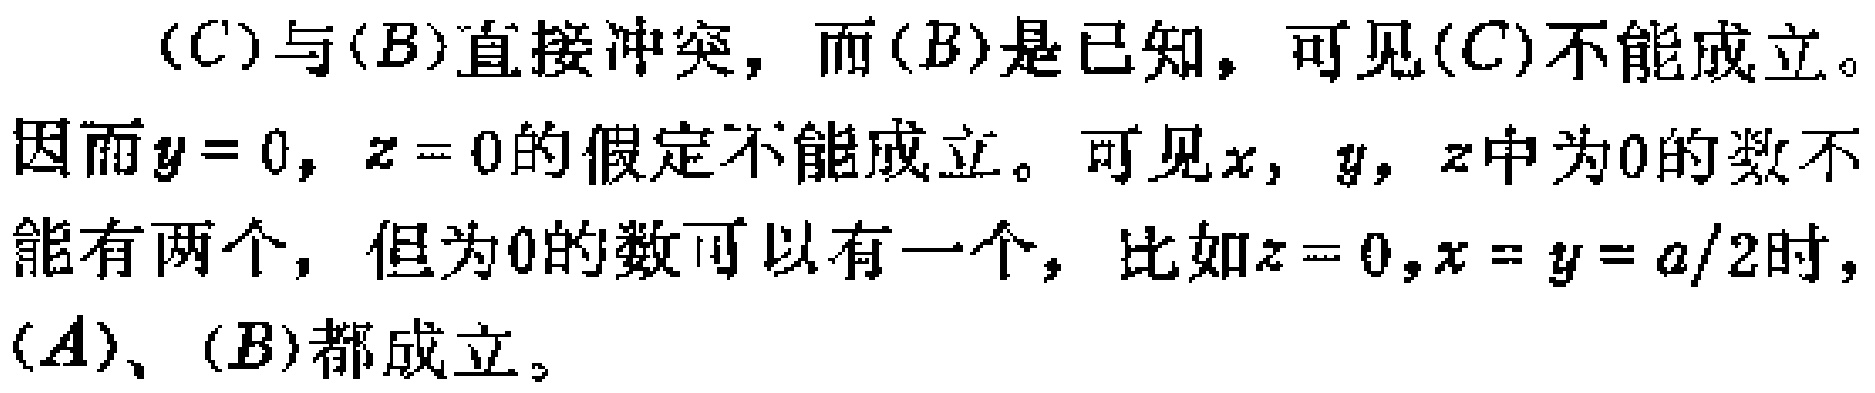
(C)与(B)直接冲突，而(B)是已知，可见(C)不能成立。因而\(y = 0, z = 0\)的假定不能成立。可见\(x, y, z\)中为\(0\)的数不能有两个，但为\(0\)的数可以有一个，比如\(z = 0,x = y = a/2\)时，(A)、(B)都成立。